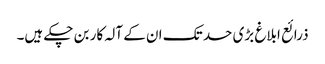
ذرائع ابلاغ بڑی حد تک ان کے آلہ کار بن چکے ہیں۔